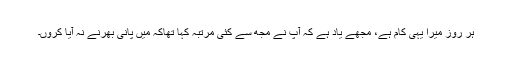
ہر روز میرا یہی کام ہے، مجھے یاد ہے کہ آپ نے مجھ سے کئی مرتبہ کہا تھاکہ میں پانی بھرنے نہ آیا کروں۔